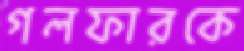
গলফারকে